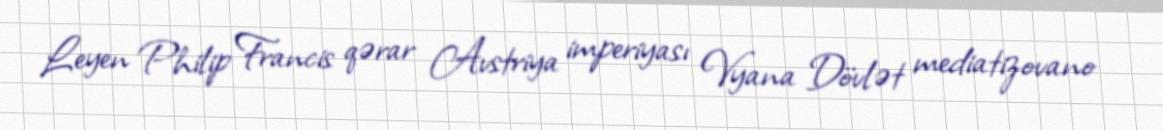
Leyen Philip Francis qərar Avstriya imperiyası Vyana Dövlət mediatizovano